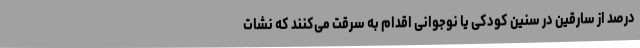
درصد از سارقین در سنین کودکی یا نوجوانی اقدام به سرقت می‌کنند که نشات